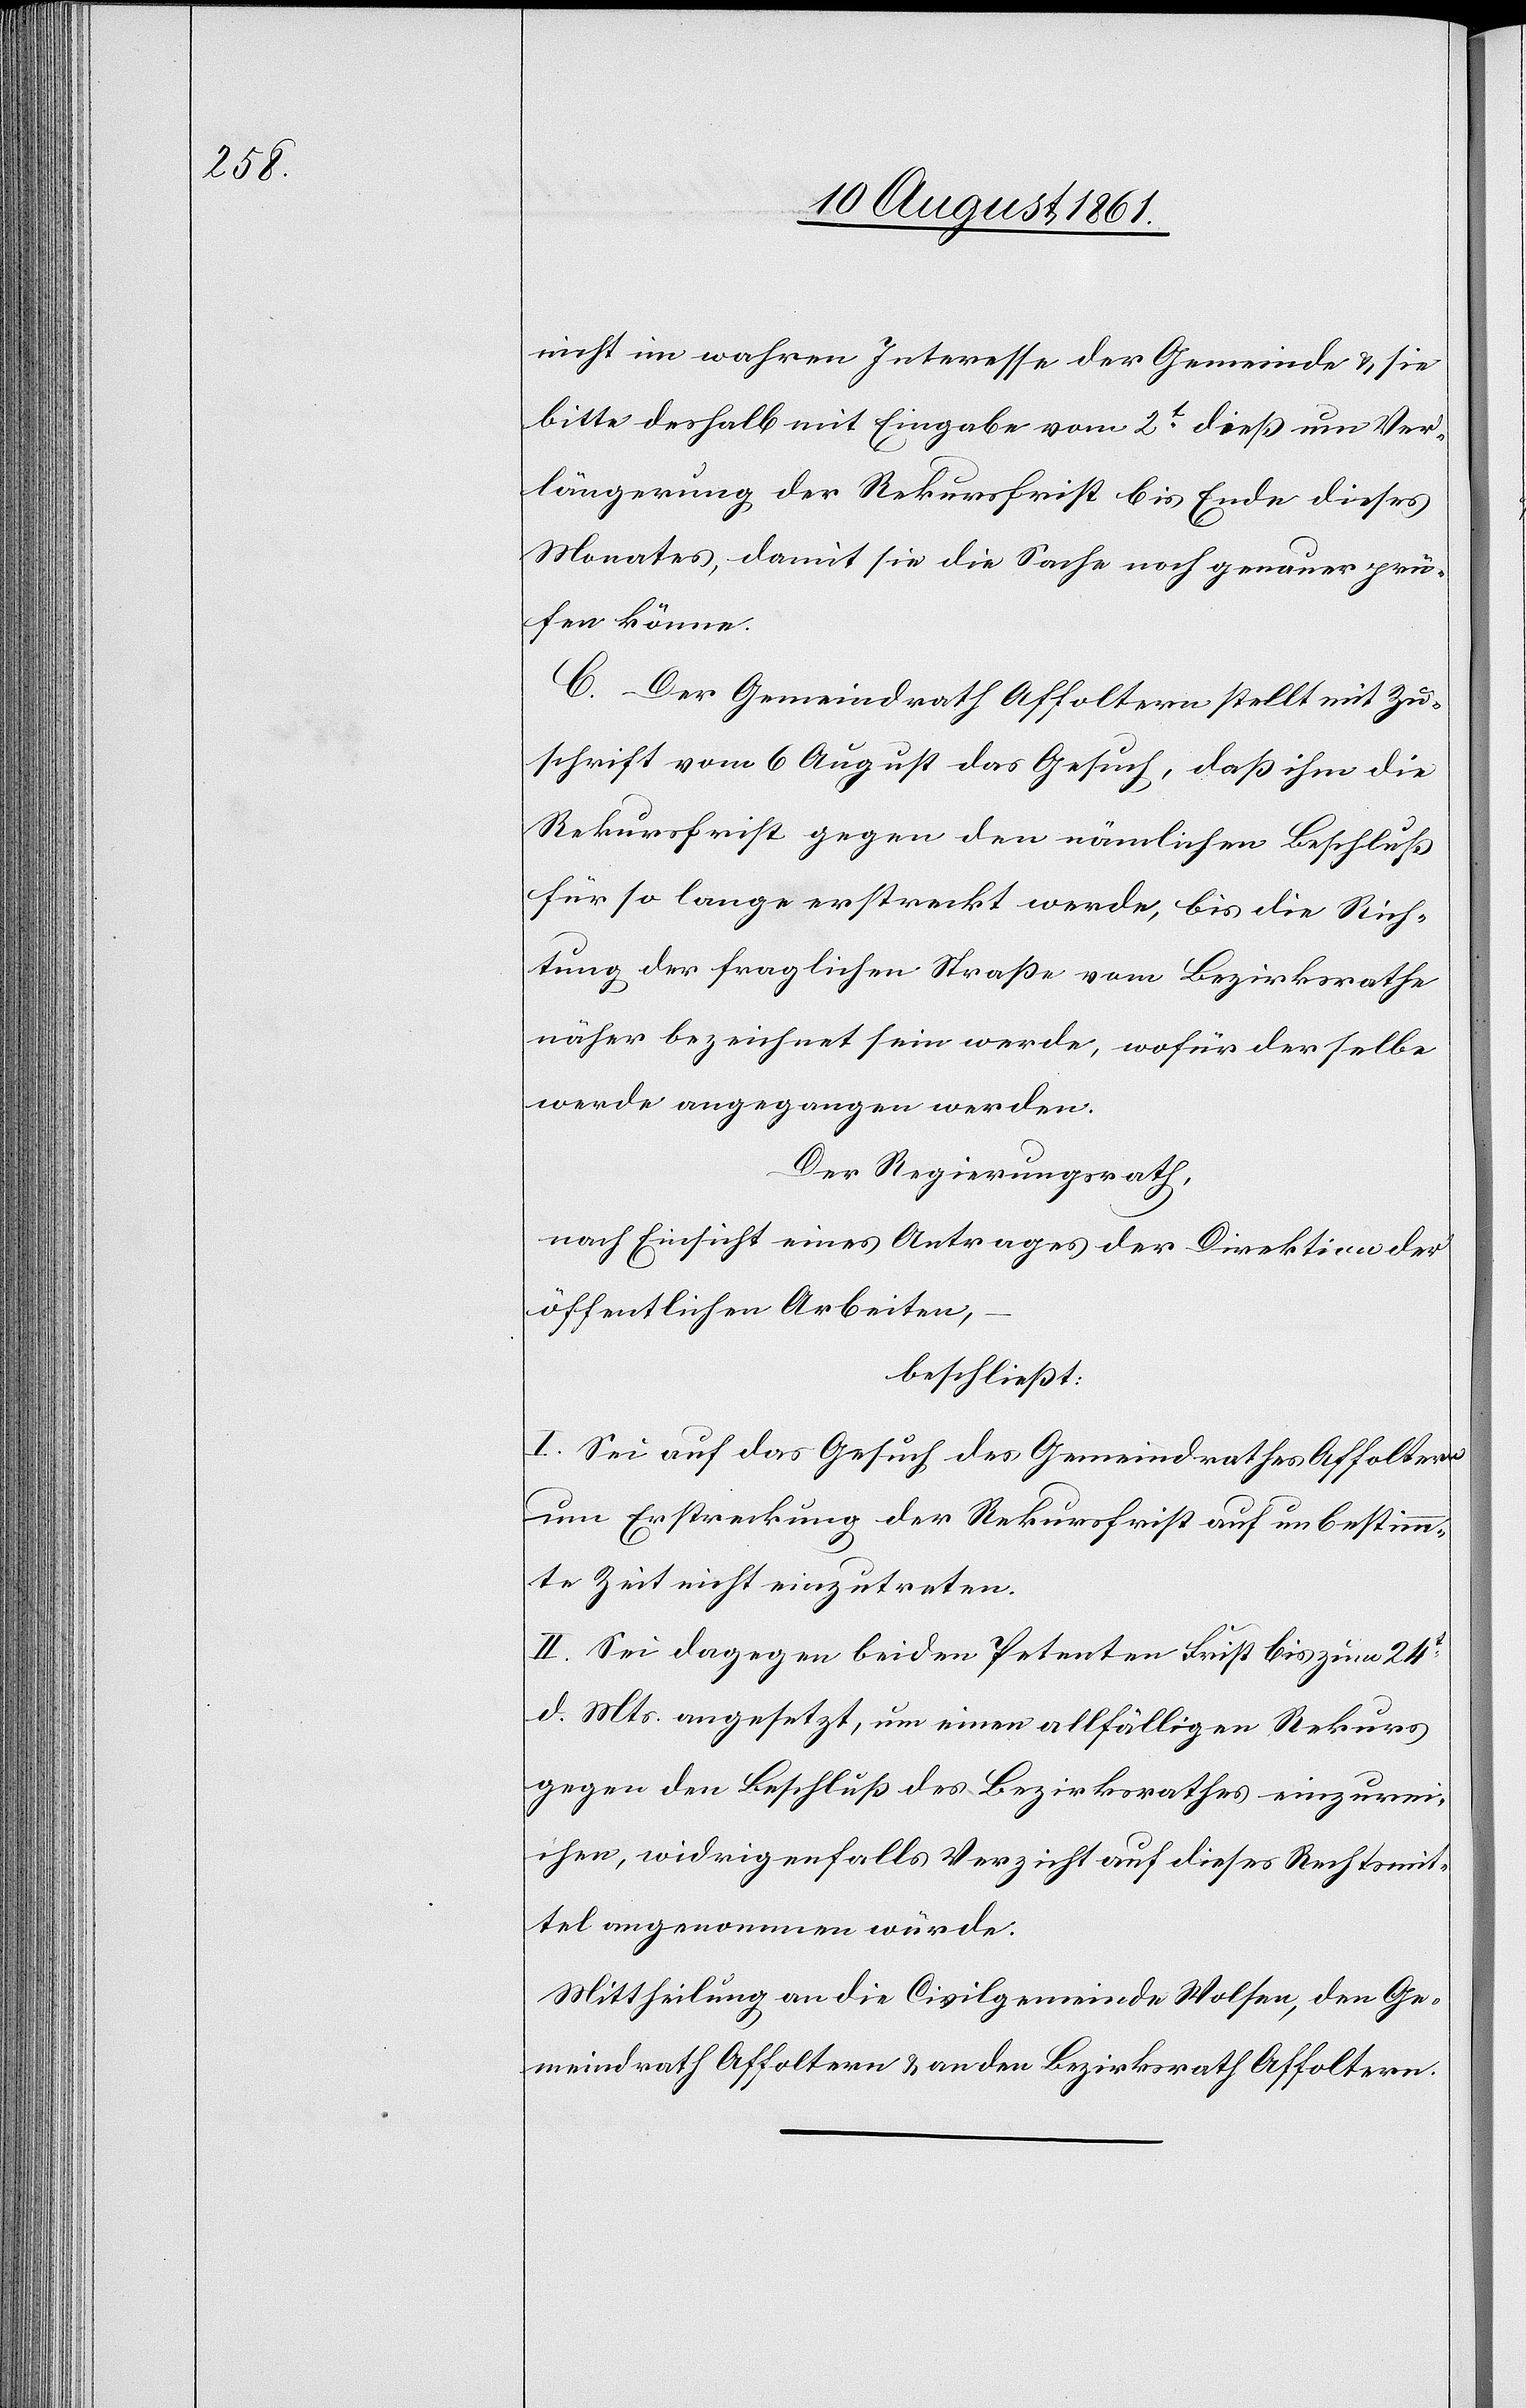
nicht im wahren Interesse der Gemeinde u. sie
bitte deshalb mit Eingabe vom 2t dieß um Ver¬
längerung der Rekursfrist bis Ende dieses
Monates, damit sie die Sache noch genauer prü¬
fen könne.
C. Der Gemeindrath Affoltern stellt mit Zu¬
schrift vom 6 August das Gesuch, daß ihm die
Rekursfrist gegen den nämlichen Beschluß
für so lange erstreckt werde, bis die Rich¬
tung der fraglichen Straße vom Bezirksrathe
näher bezeichnet sein werde, wofür derselbe
werde angegangen werden.
Der Regierungsrath,
nach Einsicht eines Antrages der Direktion der
öffentlichen Arbeiten,
beschließt:
I. Sei auf das Gesuch des Gemeindrathes Affoltern
um Erstreckung der Rekursfrist auf unbestimm¬
te Zeit nicht einzutreten.
II. Sei dagegen beiden Petenten Frist bis zum 24t
d. Mts. angesetzt, um einen allfälligen Rekurs
gegen den Beschluß des Bezirksrathes einzurei¬
chen, widrigenfalls Verzicht auf dieses Rechtsmit¬
tel angenommen würde.
Mittheilung an die Civilgemeinde Wolsen, den Ge¬
meindrath Affoltern u. an den Bezirksrath Affoltern.